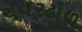
ચવરઢાળ